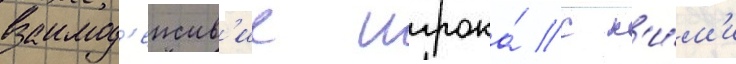
взаимод'еиств'ие игрока́ с н'и́м'и